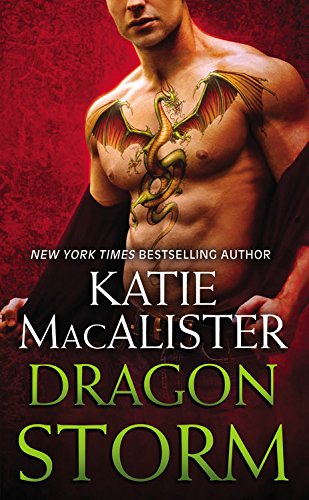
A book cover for Dragon Storm; Katie MacAlister; Science Fiction & Fantasy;